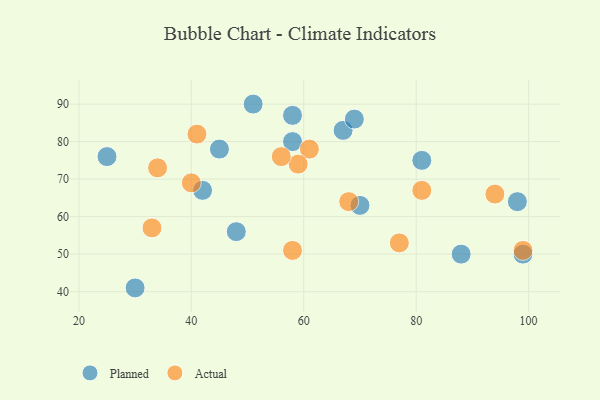
{"axis": {"x": "GDP", "y": "Life Expectancy"}, "legend": ["Actual", "Planned"], "data": [{"x": "70", "y": 63, "type": "Planned"}, {"x": "81", "y": 75, "type": "Planned"}, {"x": "25", "y": 76, "type": "Planned"}, {"x": "58", "y": 87, "type": "Planned"}, {"x": "99", "y": 50, "type": "Planned"}, {"x": "58", "y": 80, "type": "Planned"}, {"x": "67", "y": 83, "type": "Planned"}, {"x": "45", "y": 78, "type": "Planned"}, {"x": "69", "y": 86, "type": "Planned"}, {"x": "88", "y": 50, "type": "Planned"}, {"x": "30", "y": 41, "type": "Planned"}, {"x": "51", "y": 90, "type": "Planned"}, {"x": "98", "y": 64, "type": "Planned"}, {"x": "42", "y": 67, "type": "Planned"}, {"x": "48", "y": 56, "type": "Planned"}, {"x": "94", "y": 66, "type": "Actual"}, {"x": "68", "y": 64, "type": "Actual"}, {"x": "99", "y": 51, "type": "Actual"}, {"x": "33", "y": 57, "type": "Actual"}, {"x": "58", "y": 51, "type": "Actual"}, {"x": "77", "y": 53, "type": "Actual"}, {"x": "34", "y": 73, "type": "Actual"}, {"x": "40", "y": 69, "type": "Actual"}, {"x": "61", "y": 78, "type": "Actual"}, {"x": "81", "y": 67, "type": "Actual"}, {"x": "59", "y": 74, "type": "Actual"}, {"x": "56", "y": 76, "type": "Actual"}, {"x": "41", "y": 82, "type": "Actual"}]}